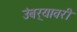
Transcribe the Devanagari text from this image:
उंबर्‍यावरी